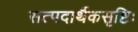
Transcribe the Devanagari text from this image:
सत्पदार्थैकसृष्टिः